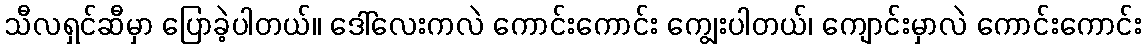
သီလရှင်ဆီမှာ ပြောခဲ့ပါတယ်။ ဒေါ်လေးကလဲ ကောင်းကောင်း ကျွေးပါတယ်၊ ကျောင်းမှာလဲ ကောင်းကောင်း